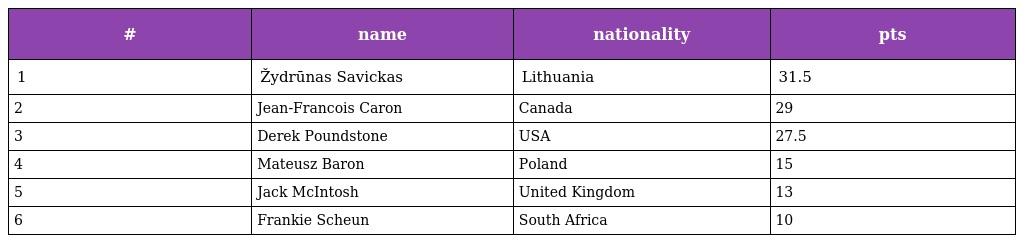
| # | name | nationality | pts |
 | --- | --- | --- | --- |
 | 1 | Žydrūnas Savickas | Lithuania | 31.5 |
 | 2 | Jean-Francois Caron | Canada | 29 |
 | 3 | Derek Poundstone | USA | 27.5 |
 | 4 | Mateusz Baron | Poland | 15 |
 | 5 | Jack McIntosh | United Kingdom | 13 |
 | 6 | Frankie Scheun | South Africa | 10 |